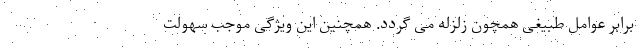
برابر عوامل طبیغی همچون زلزله می گردد. همچنین این ویژگی موجب سهولت